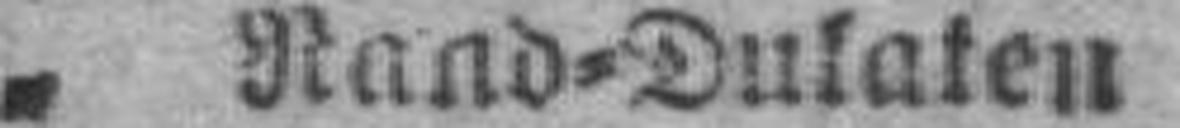
„ Rand=Dulaten